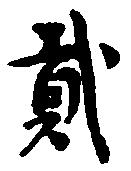
弐